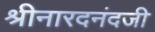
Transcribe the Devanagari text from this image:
श्रीनारदनंदजी